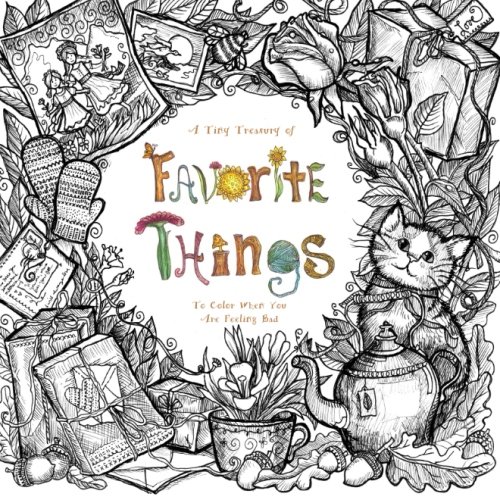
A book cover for A Tiny Treasury of Favorite Things: To Color When You Are Feeling Bad (Purse Sized Coloring Books - Therapeutic, Comforting & Inspirational for Ages 9 to Adult ) (Volume 1); Sarah Janisse Brown; Arts & Photography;